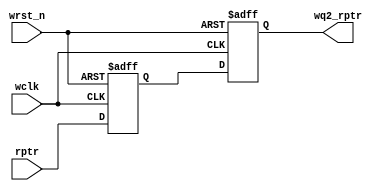

module sync_r2w #(parameter ADDRSIZE = 5)
					  (output reg [ADDRSIZE:0] wq2_rptr,
						input [ADDRSIZE:0] rptr,
						input wclk, wrst_n);
						
reg [ADDRSIZE:0] wq1_rptr;

always @(posedge wclk or negedge wrst_n)
	if (!wrst_n) {wq2_rptr,wq1_rptr} <= 0;
	else {wq2_rptr,wq1_rptr} <= {wq1_rptr,rptr};

endmodule